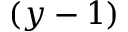
( y - 1 )